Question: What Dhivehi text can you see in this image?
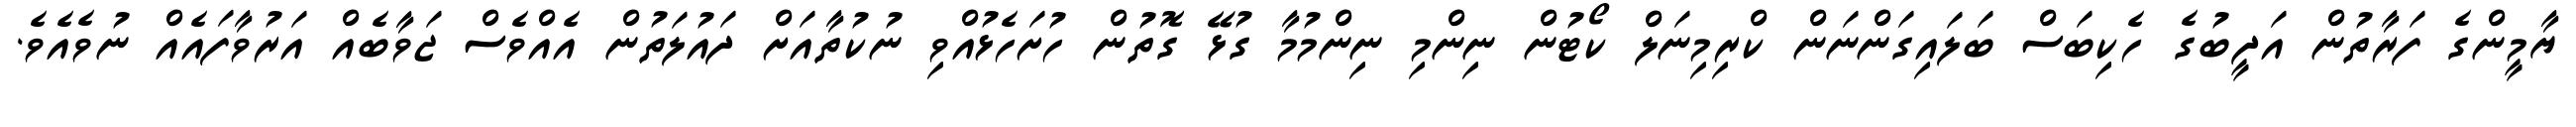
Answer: ޔާމީންގެ ފަރާތުން އަދީބުގެ ހެކިބަސް ބަލައިގަންނަން ކްރިމިނަލް ކޯޓުން ނިންމި ނިންމުމާ ގުޅޭ ގޮތުން ހުށަހެޅުއްވި ނުކުތާއަށް ދައުލަތުން އެއްވެސް ޖަވާބެއް އަރުވާފައެއް ނުވެއެވެ.